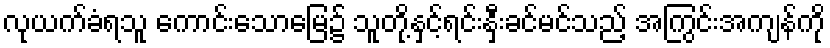
လုယက်ခံရသူ ကောင်းသောမြေ၌ သူတို့နှင့်ရင်းနှီးခင်မင်သည့် အကြွင်းအကျန်ကို